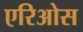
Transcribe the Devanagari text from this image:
एरिओस